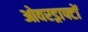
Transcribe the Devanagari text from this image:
ओवरड्राफ्टों